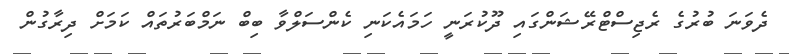
ދެވަނަ ބުރުގެ ރެޖިސްޓްރޭޝަންގައި ދޫކުރަނީ ހަމައެކަނި ކެންސަލްވާ ބިބް ނަމްބަރުތައް ކަމަށް ދިރާގުން